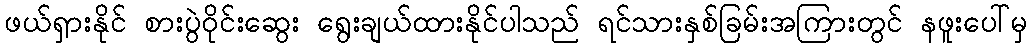
ဖယ်ရှားနိုင် စားပွဲဝိုင်းဆွေး ရွေးချယ်ထားနိုင်ပါသည် ရင်သားနှစ်ခြမ်းအကြားတွင် နဖူးပေါ်မှ